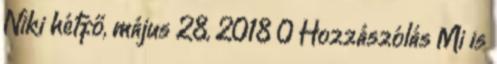
Niki hétfő, május 28, 2018 0 Hozzászólás Mi is